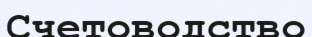
Счетоводство